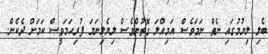
ބެލި ލިޔުމުގައި ނެތް ނަމަވެސް އަމިއްލަ ގޮތުންވެސް ލިޔެލިނަމަ ފުރިހަމަވީސް ކަމަށް ދެކެން.